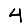
Digit: 4